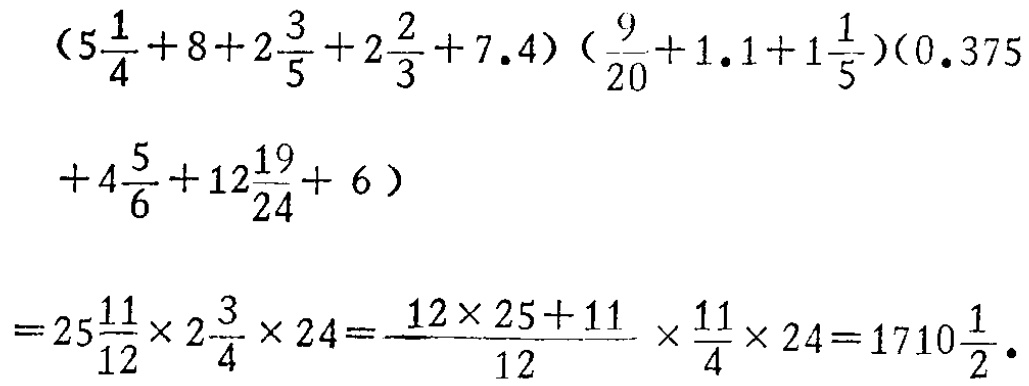
\((5\frac{1}{4}+8 + 2\frac{3}{5}+2\frac{2}{3}+7.4)(\frac{9}{20}+1.1 + 1\frac{1}{5})(0.375+4\frac{5}{6}+12\frac{19}{24}+6)\)

\(=25\frac{11}{12}\times2\frac{3}{4}\times24=\frac{12\times25 + 11}{12}\times\frac{11}{4}\times24=1710\frac{1}{2}\)